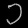
Digit: ၁